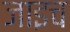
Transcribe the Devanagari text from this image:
जाइच